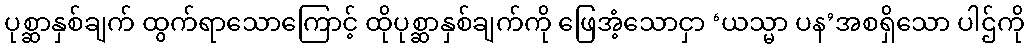
ပုစ္ဆာနှစ်ချက် ထွက်ရာသောကြောင့် ထိုပုစ္ဆာနှစ်ချက်ကို ဖြေအံ့သောငှာ ‘ယသ္မာ ပန’အစရှိသော ပါဌ်ကို